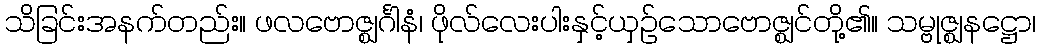
သိခြင်းအနက်တည်း။ ဖလဗောဇ္ဈင်္ဂါနံ၊ ဖိုလ်လေးပါးနှင့်ယှဉ်သောဗောဇ္ဈင်တို့၏။ သမ္ဗုဇ္ဈနဋ္ဌော၊